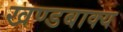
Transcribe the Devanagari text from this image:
खण्डबाक्य